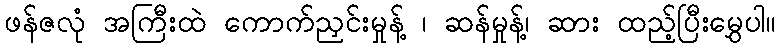
ဖန်ဇလုံ အကြီးထဲ ကောက်ညှင်းမှုန့် ၊ ဆန်မှုန့်၊ ဆား ထည့်ပြီးမွှေပါ။